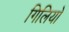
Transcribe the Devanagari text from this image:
गिलियो